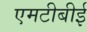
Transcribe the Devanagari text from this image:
एमटीबीई